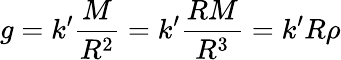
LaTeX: g=k^{\prime}{\frac{M}{R^{2}}}=k^{\prime}{\frac{RM}{R^{3}}}=k^{\prime}R\rho